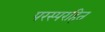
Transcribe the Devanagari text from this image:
परस्परहित